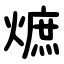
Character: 熫